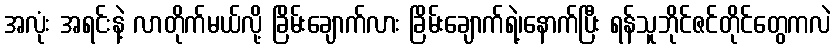
အလုံး အရင်းနဲ့ လာတိုက်မယ်လို့ ခြိမ်းချောက်လား ခြိမ်းချောက်ရဲ့၊နောက်ပြီး ရန်သူဘိုင်ဇင်တိုင်တွေကလဲ